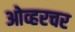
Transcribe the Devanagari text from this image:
ओव्हरचर